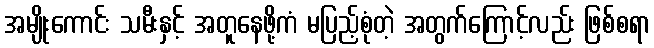
အမျိုးကောင်း သမီးနှင့် အတူနေဖို့ကံ မပြည့်စုံတဲ့ အတွက်ကြောင့်လည်း ဖြစ်စရာ